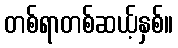
တစ်ရာတစ်ဆယ့်နှစ်။